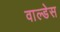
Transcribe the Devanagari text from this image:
वाल्डेस